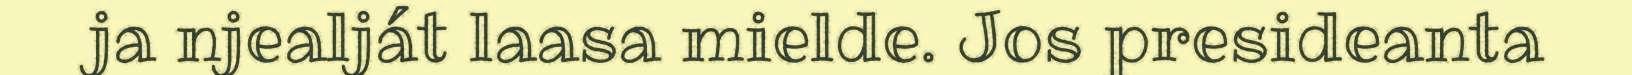
ja njealját laasa mielde. Jos presideanta